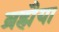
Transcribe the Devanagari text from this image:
ब्रह्मैया